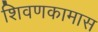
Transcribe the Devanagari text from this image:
शिवणकामास